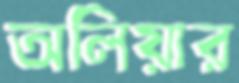
অলিয়ার